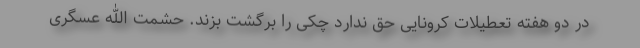
در دو هفته تعطیلات کرونایی حق ندارد چکی را برگشت بزند. حشمت الله عسگری